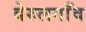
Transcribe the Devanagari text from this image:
वेरुलगाँव